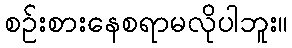
စဉ်းစားနေစရာမလိုပါဘူး။